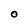
Character: O